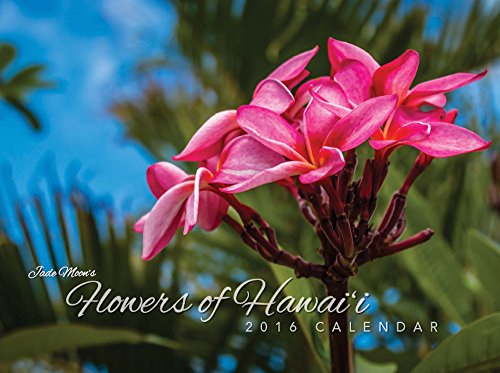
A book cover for Flowers of Hawaii 2016 Calendar; Calendars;